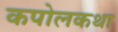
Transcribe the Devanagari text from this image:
कपोलकथा